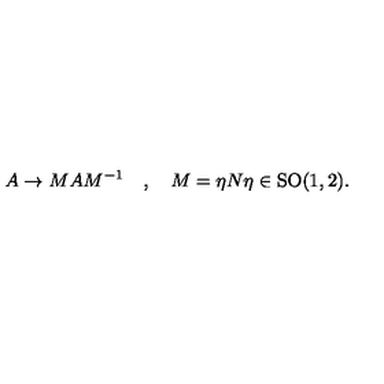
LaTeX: A \rightarrow M A M ^ { - 1 } \quad , \quad M = \eta N \eta \in \mathrm { S O ( 1 , 2 ) . }